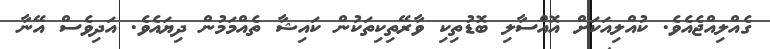
ގެއްލިއްޖެއެވެ. ކުއްލިއަކަށް އޮއްސާލި ބޮޑުތިކި ވާރޭތިކިތަކުން ކައިޝާ ތެއްމަމުން ދިޔައެވެ. އަދިވެސް އޭނާ